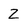
Character: 2